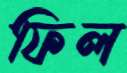
ফিল